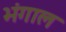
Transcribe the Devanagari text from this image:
भंगाल